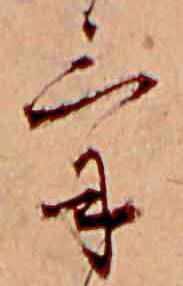
け